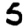
Digit: 5